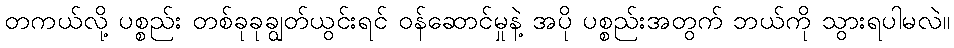
တကယ်လို့ ပစ္စည်း တစ်ခုခုချွတ်ယွင်းရင် ဝန်ဆောင်မှုနဲ့ အပို ပစ္စည်းအတွက် ဘယ်ကို သွားရပါမလဲ။